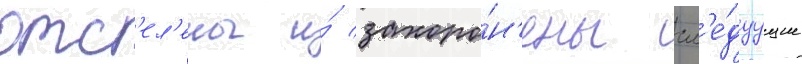
отс'ел'ены и́ захоро́н'ены сл'е́дуущие